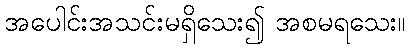
အပေါင်းအသင်းမရှိသေး၍ အစမရသေး။